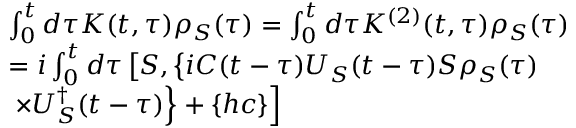
\begin{array} { r l } & { \int _ { 0 } ^ { t } { d \tau } K ( t , \tau ) { { \rho } _ { S } } ( \tau ) = \int _ { 0 } ^ { t } { d \tau } K ^ { ( 2 ) } ( t , \tau ) { { \rho } _ { S } } ( \tau ) } \\ & { = i \int _ { 0 } ^ { t } { d \tau } \left[ S , \left\{ i C ( t - \tau ) { { U } _ { S } } ( t - \tau ) S { { \rho } _ { S } } ( \tau ) \right. \right. } \\ & { \left. \left. \times U _ { S } ^ { \dagger } ( t - \tau ) \right\} + \left\{ h c \right\} \right] } \end{array}